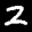
Label: 2